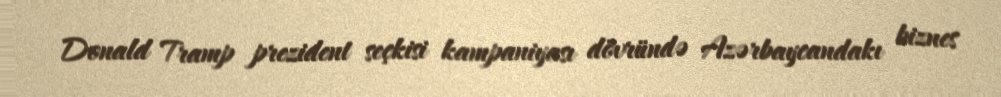
Donald Tramp prezident seçkisi kampaniyası dövründə Azərbaycandakı biznes